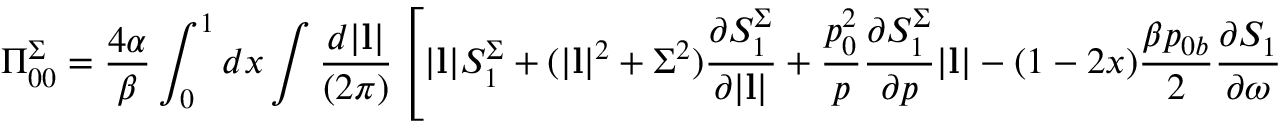
\Pi _ { 0 0 } ^ { \Sigma } = { \frac { 4 \alpha } { \beta } } \int _ { 0 } ^ { 1 } d x \int { \frac { d | { \bf l } | } { ( 2 \pi ) } } \left[ | { \bf l } | S _ { 1 } ^ { \Sigma } + ( | { \bf l } | ^ { 2 } + \Sigma ^ { 2 } ) { \frac { \partial S _ { 1 } ^ { \Sigma } } { \partial | { \bf l } | } } + { \frac { p _ { 0 } ^ { 2 } } { p } } { \frac { \partial S _ { 1 } ^ { \Sigma } } { \partial p } } | { \bf l } | - ( 1 - 2 x ) { \frac { \beta p _ { 0 b } } { 2 } } { \frac { \partial S _ { 1 } } { \partial \omega } } \right]